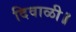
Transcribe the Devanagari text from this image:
दिवाळी॥